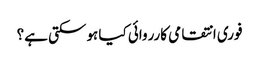
فوری انتقامی کارروائی کیا ہوسکتی ہے؟